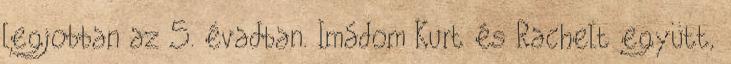
legjobban az 5. évadban. Imádom Kurt és Rachelt együtt,